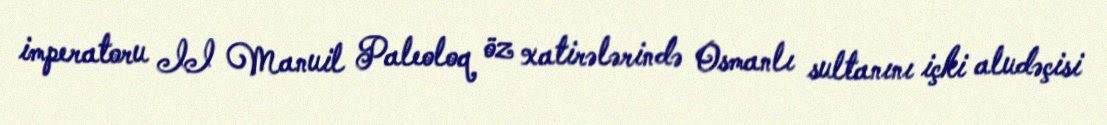
imperatoru II Manuil Paleoloq öz xatirələrində Osmanlı sultanını içki aludəçisi